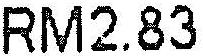
RM2.83